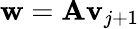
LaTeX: \mathbf{w}=\mathbf{Av}_{j+1}